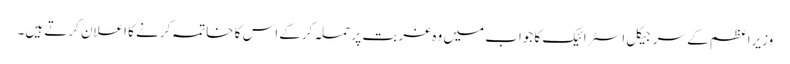
وزیراعظم کے سرجیکل اسٹرائیک کا جواب میں وہ غربت پر حملہ کرکے اس کا خاتمہ کرنے کا اعلان کرتے ہیں۔